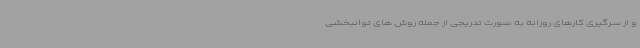
و از سرگیری کارهای روزانه به صورت تدریجی از جمله روش های توانبخشی